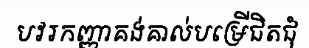
បវរកញ្ញាគង់គាល់បម្រើជិតជុំ